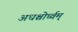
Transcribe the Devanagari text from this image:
अधश्चोर्ध्वम्